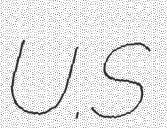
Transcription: U.S